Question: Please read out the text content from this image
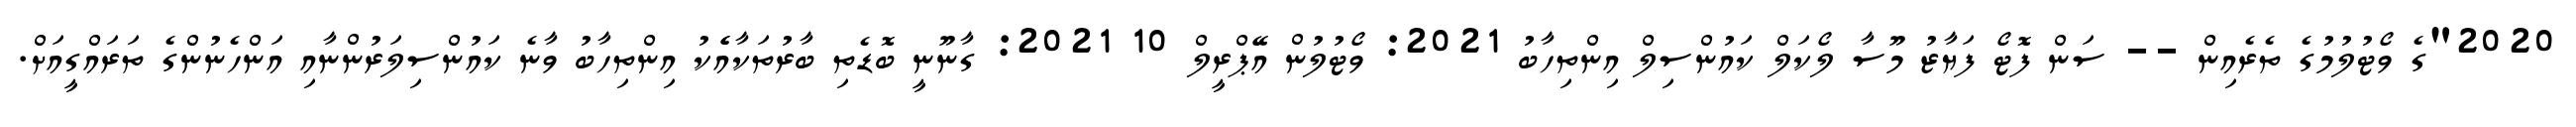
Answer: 2020"ގެ ވޯޓުލުމުގެ ތެރެއިން -- ސަން ފޮޓޯ ފަޔާޒު މޫސާ ލޯކަލް ކައުންސިލް އިންތިހާބު 2021: ވޯޓުލުން އޭޕްރީލް 10 2021: ގާނޫނީ ބޮޑެތި ބާރުތަކާއެެކު އިންތިހާބު ވާނެ ކައުންސިލަރުންނާއި އަންހެނުންގެ ތަރައްގީއަށް.